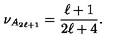
\nu _ { A _ { 2 \ell + 1 } } = \frac { \ell + 1 } { 2 \ell + 4 } .